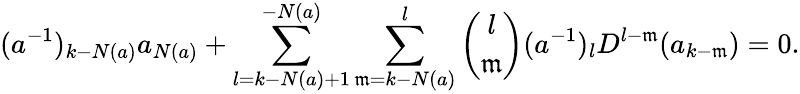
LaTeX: (a^{-1})_{k-N(a)}a_{N(a)}+\sum_{l=k-N(a)+1}^{-N(a)}\sum_{\mathfrak{m}=k-N(a)}^{l}{\binom{l}{\mathfrak{m}}}(a^{-1})_{l}D^{l-\mathfrak{m}}(a_{k-\mathfrak{m}})=0.